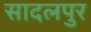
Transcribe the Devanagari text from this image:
सादलपुर